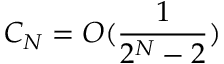
C _ { N } = O ( \frac { 1 } { 2 ^ { N } - 2 } )